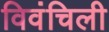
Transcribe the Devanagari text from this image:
विवंचिली